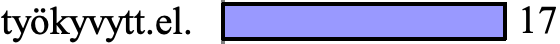
työkyvytt.el.    17